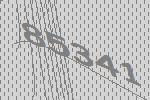
85341